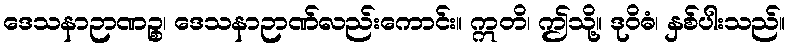
ဒေသနာဉာဏဉ္စ၊ ဒေသနာဉာဏ်လည်းကောင်း။ ဣတိ၊ ဤသို့။ ဒုဝိဓံ၊ နှစ်ပါးသည်။